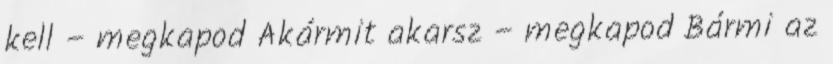
kell – megkapod Akármit akarsz – megkapod Bármi az